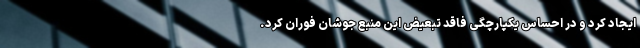
ایجاد کرد و در احساس یکپارچگی فاقد تبعیض این منبع جوشان فوران کرد.